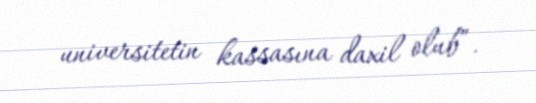
universitetin kassasına daxil olub”.